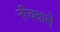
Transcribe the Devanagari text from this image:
नीचवाले